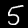
Label: 5